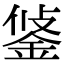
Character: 𨦷